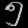
Digit: ၅